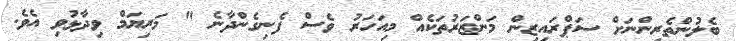
ބެލުންތެރިންނަށް ސަޕްރައިޒިން މަންޒަރުތަކެއް މިއަހަރު ވެސް ފެނިގެންދާނެ " މަރިޔަމް ވިދާޅުވި އެވެ.